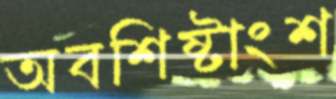
অবশিষ্টাংশ